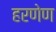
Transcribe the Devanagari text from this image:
हरणेण